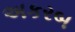
અકરબ